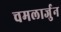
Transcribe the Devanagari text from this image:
चमलार्जुन